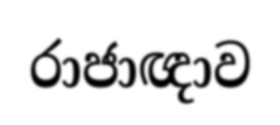
රාජාඥාව